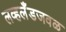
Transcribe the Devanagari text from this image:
लव्हलँडजवळ